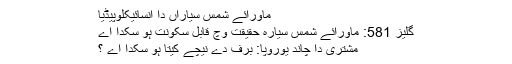
ماورائے شمس سیاراں دا انسائیکلوپیڈیا
گلیز 581: ماورائے شمس سیارہ حقیقت وچ قابل سکونت ہو سکدا اے
مشتری دا چاند یوروپا: برف دے نیچے کیتا ہو سکدا اے ؟